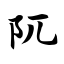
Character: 阢